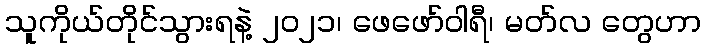
သူကိုယ်တိုင်သွားရနဲ့ ၂၀၂၁၊ ဖေဖော်ဝါရီ၊ မတ်လ တွေဟာ